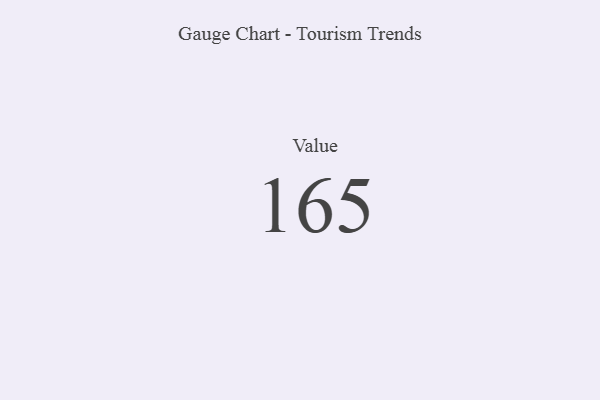
{"axis": {"x": "Metric", "y": "Value"}, "legend": [""], "data": [{"x": "Value", "y": 165, "type": ""}]}